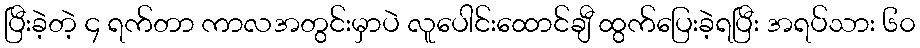
ပြီးခဲ့တဲ့ ၄ ရက်တာ ကာလအတွင်းမှာပဲ လူပေါင်းထောင်ချီ ထွက်ပြေးခဲ့ရပြီး အရပ်သား ၆၀